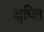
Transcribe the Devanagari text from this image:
क्षुधित